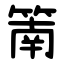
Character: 䈒